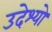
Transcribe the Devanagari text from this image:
उदेश्यो